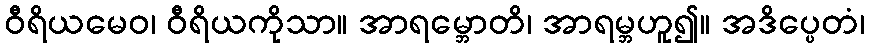
ဝီရိယမေဝ၊ ဝီရိယကိုသာ။ အာရမ္ဘောတိ၊ အာရမ္ဘဟူ၍။ အဒိပ္ပေတံ၊